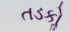
તડકોૢ